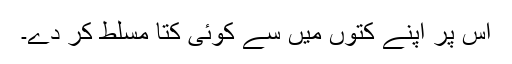
اس پر اپنے کتوں میں سے کوئی کتا مسلط کر دے۔